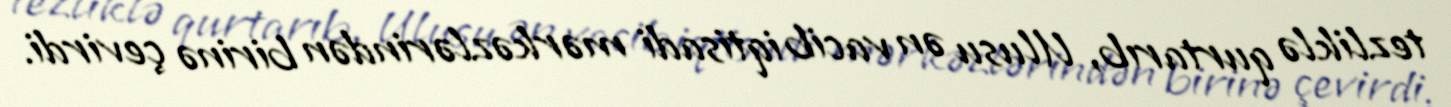
tezliklə qurtarıb, Ulusu ən vacib iqtisadi mərkəzlərindən birinə çevirdi.